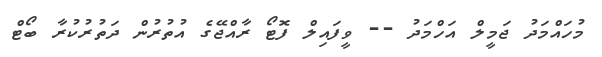
މުހައްމަދު ޖަމީލް އަހްމަދު -- ވީފައިލް ފޮޓޯ ރާއްޖޭގެ އުތުރުން ދަތުރުކުރާ ބޯޓް